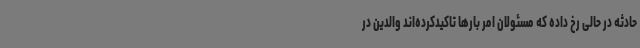
حادثه در حالی رخ داده که مسئولان امر بارها تاکیدکرده‌اند والدین در